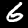
Digit: 6